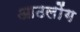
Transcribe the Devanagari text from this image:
आठलोंग